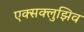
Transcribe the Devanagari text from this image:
एक्सक्लुझिव